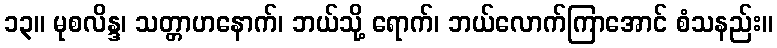
၁၃။ မုစလိန္ဒ၊ သတ္တာဟနောက်၊ ဘယ်သို့ ရောက်၊ ဘယ်လောက်ကြာအောင် စံသနည်း။